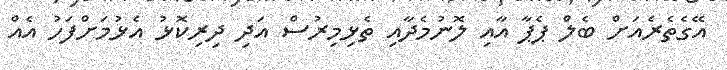
އޭގެތެރެއަށް ބެލް ޕެޕާ އާއި ލޮނުމެދާއި ތެޅިމިރުސް އަދި ދިރިކޮޅު އެޅުމަށްފަހު އެއް